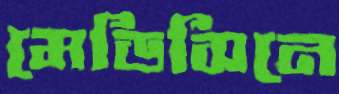
মেডিসিনে